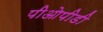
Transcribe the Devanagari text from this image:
पीओपीडी